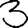
Digit: 3